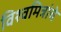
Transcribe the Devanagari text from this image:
विश्वमित्रांचे